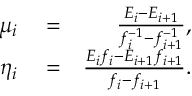
\begin{array} { r l r } { \mu _ { i } } & { { } = } & { \frac { E _ { i } - E _ { i + 1 } } { f _ { i } ^ { - 1 } - f _ { i + 1 } ^ { - 1 } } , } \\ { \eta _ { i } } & { { } = } & { \frac { E _ { i } f _ { i } - E _ { i + 1 } f _ { i + 1 } } { f _ { i } - f _ { i + 1 } } . } \end{array}